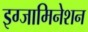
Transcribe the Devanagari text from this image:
इग्जामिनेशन